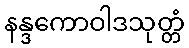
နန္ဒကောဝါဒသုတ္တံ